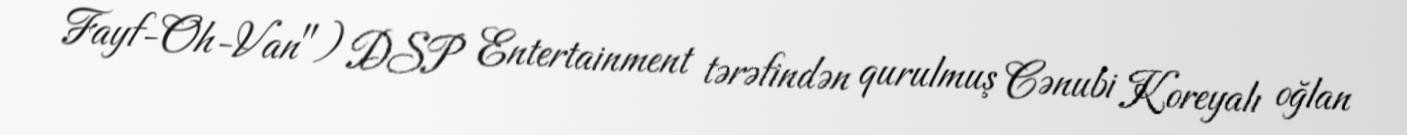
Fayf-Oh-Van") DSP Entertainment tərəfindən qurulmuş Cənubi Koreyalı oğlan